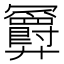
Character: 𪪹